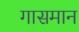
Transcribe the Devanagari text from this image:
गासमान